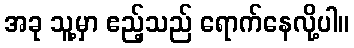
အခု သူ့မှာ ဧည့်သည် ရောက်နေလို့ပါ။